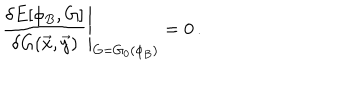
\left. \frac { \delta E [ \phi _ { B } , G ] } { \delta G ( \vec { x } , \vec { y } ) } \right| _ { G = G _ { 0 } ( \phi _ { B } ) } = 0 \, .